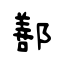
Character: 鄯